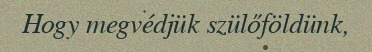
Hogy megvédjük szülőföldünk,